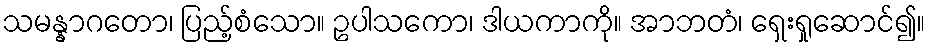
သမန္နာဂတော၊ ပြည့်စံသော။ ဥပါသကော၊ ဒါယကာကို။ အာဘတံ၊ ရှေးရှုဆောင်၍။